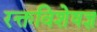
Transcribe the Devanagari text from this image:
रक्तविशेषज्ञ